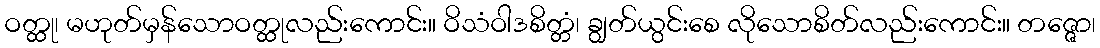
ဝတ္ထု၊ မဟုတ်မှန်သောဝတ္ထုလည်းကောင်း။ ဝိသံဝါဒစိတ္တံ၊ ချွတ်ယွင်းစေ လိုသောစိတ်လည်းကောင်း။ တဇ္ဇော၊